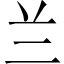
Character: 兰